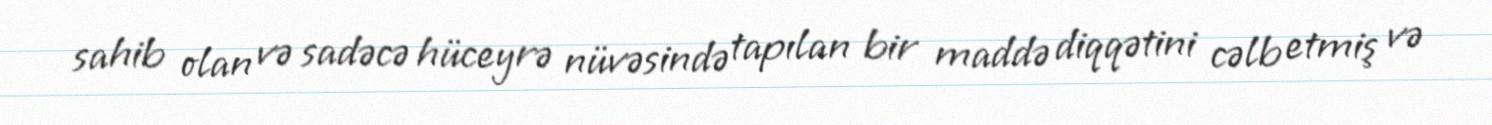
sahib olan və sadəcə hüceyrə nüvəsində tapılan bir maddə diqqətini cəlb etmiş və